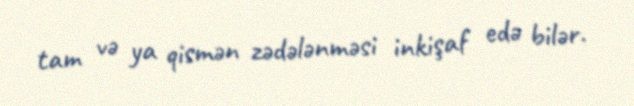
tam və ya qismən zədələnməsi inkişaf edə bilər.